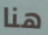
هنا